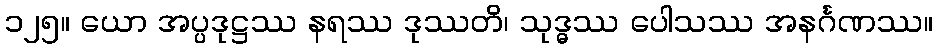
၁၂၅။ ယော အပ္ပဒုဋ္ဌဿ နရဿ ဒုဿတိ၊ သုဒ္ဓဿ ပေါသဿ အနင်္ဂဏဿ။